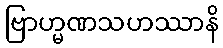
ဗြာဟ္မဏသဟဿာနိ